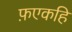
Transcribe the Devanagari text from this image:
फ़एकहि